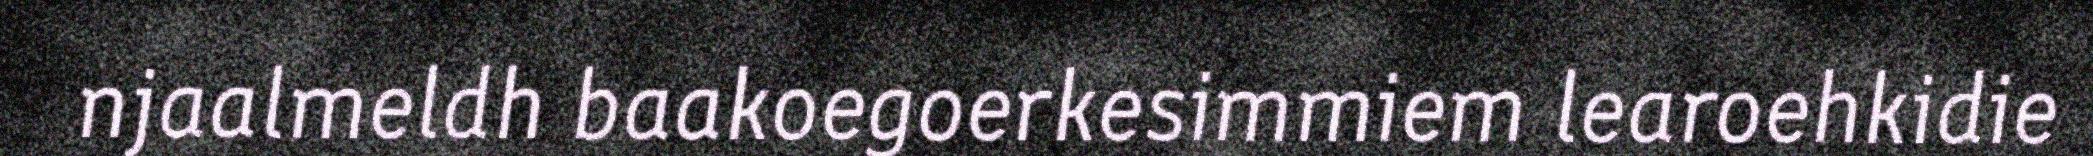
njaalmeldh baakoegoerkesimmiem learoehkidie